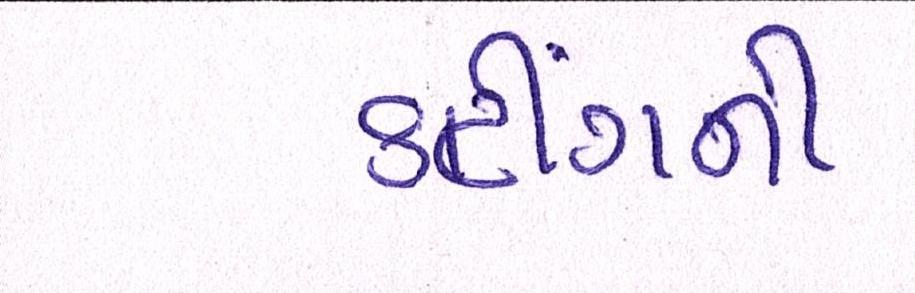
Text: કટીંગની